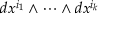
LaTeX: d x ^ { i _ { 1 } } \wedge \cdots \wedge d x ^ { i _ { k } }